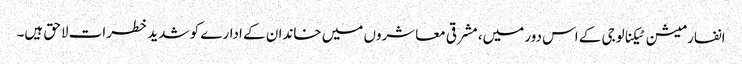
انفارمیشن ٹیکنالوجی کے اس دور میں، مشرقی معاشروں میں خاندان کے ادارے کو شدید خطرات لاحق ہیں۔